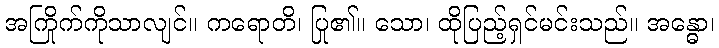
အကြိုက်ကိုသာလျင်။ ကရောတိ၊ ပြု၏။ သော၊ ထိုပြည့်ရှင်မင်းသည်။ အန္ဓော၊